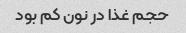
حجم غذا در نون کم بود